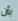
بأن